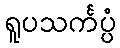
ရူပသင်္ကပ္ပံ